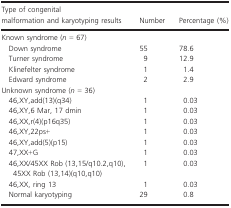
<table><thead><tr><td><b>Type of congenital malformation and karyotyping results</b></td><td><b>Number</b></td><td><b>Percentage (%)</b></td></tr></thead><tbody><tr><td colspan="3">Known syndrome (<i>n</i> = 67)</td></tr><tr><td>Down syndrome</td><td>55</td><td>78.6</td></tr><tr><td>Turner syndrome</td><td>9</td><td>12.9</td></tr><tr><td>Klinefelter syndrome</td><td>1</td><td>1.4</td></tr><tr><td>Edward syndrome</td><td>2</td><td>2.9</td></tr><tr><td colspan="3">Unknown syndrome (<i>n</i> = 36)</td></tr><tr><td>46,XY,add(13)(q34)</td><td>1</td><td>0.03</td></tr><tr><td>46,XY,6 Mar, 17 dmin</td><td>1</td><td>0.03</td></tr><tr><td>46,XX,r(4)(p16q35)</td><td>1</td><td>0.03</td></tr><tr><td>46,XY,22ps+</td><td>1</td><td>0.03</td></tr><tr><td>46,XY,add(5)(p15)</td><td>1</td><td>0.03</td></tr><tr><td>47,XX+G</td><td>1</td><td>0.03</td></tr><tr><td>46,XX/45XX Rob (13,15/q10.2,q10), 45XX Rob (13,14)(q10,q10)</td><td>1</td><td>0.03</td></tr><tr><td>46,XX, ring 13</td><td>1</td><td>0.03</td></tr><tr><td>Normal karyotyping</td><td>29</td><td>0.8</td></tr></tbody></table>